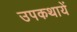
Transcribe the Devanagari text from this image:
उपकथायें